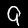
Digit: 9